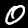
Digit: 0